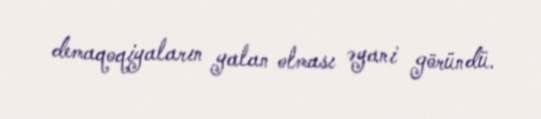
demaqoqiyaların yalan olması əyani göründü.